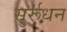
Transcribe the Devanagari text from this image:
सुर्रूंधन